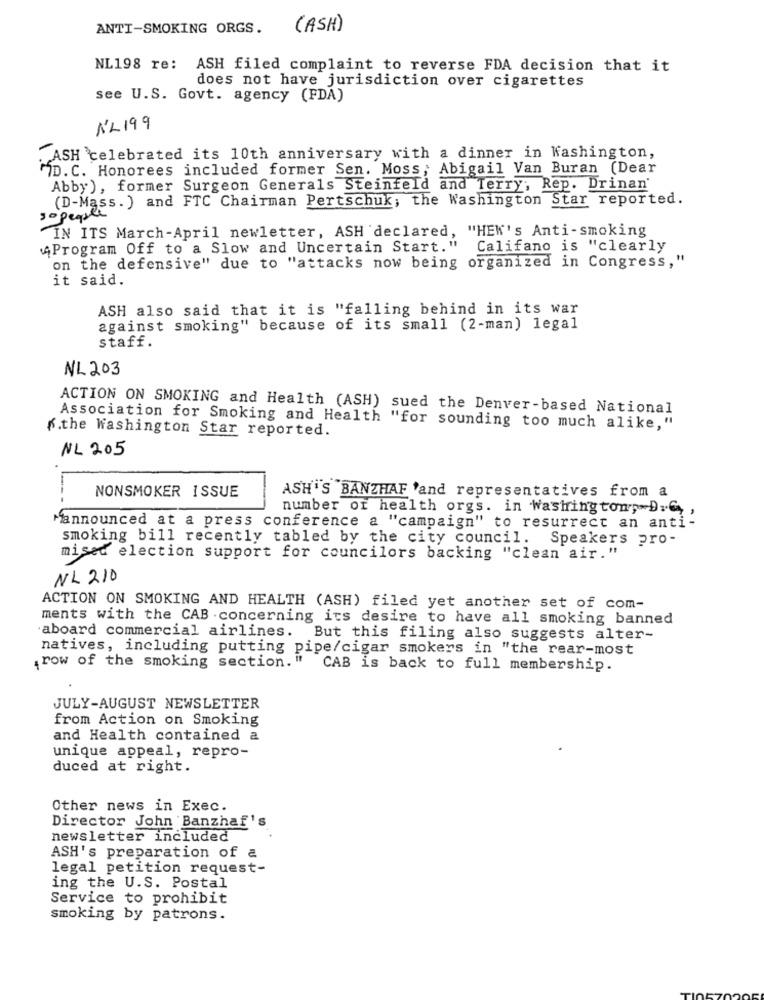
ANTI-SMOKING ORGS.
(ASH)
NL198 re: ASH filed complaint to reverse FDA decision that it
does not have jurisdiction over cigarettes
see U.S. Govt. agency (FDA)
NL199
. ASH 'celebrated its 10th anniversary with a dinner in Washington,
MID. C. Honorees included former Sen. Moss; Abigail Van Buran (Dear
Abby), former Surgeon Generals Steinfeld and Terry, Rep. Drinan'
(D-Mass.) and FTC Chairman Pertschuk; the Washington Star reported.
so people
IN ITS March-April newletter, ASH declared, "HEW's Anti-smoking
"Program Off to a Slow and Uncertain Start." Califano is "clearly
on the defensive" due to "attacks now being organized in Congress,"
it said.
ASH also said that it is "falling behind in its war
against smoking" because of its small (2-man) legal
staff.
NL 203
ACTION ON SMOKING and Health (ASH) sued the Denver-based National
K.the Washington Star reported.
Association for Smoking and Health "for sounding too much alike,"
NL 205
NONSMOKER ISSUE
ASH'S BANZHAF 'and representatives from a
number of health orgs. in Washington, DC,
Mannounced at a press conference a "campaign" to resurrect an anti-
smoking bill recently tabled by the city council.
Speakers pro-
mised election support for councilors backing "clean air."
NL 210
ACTION ON SMOKING AND HEALTH (ASH) filed yet another set of com-
ments with the CAB .concerning its desire to have all smoking banned
aboard commercial airlines.
But this filing also suggests alter-
natives, including putting pipe/cigar smokers in "the rear-most
,row of the smoking section.'
CAB is back to full membership.
JULY-AUGUST NEWSLETTER
from Action on Smoking
and Health contained a
unique appeal, repro-
duced at right.
Other news in Exec.
Director John Banzhaf's
newsletter included
ASH's preparation of a
legal petition request-
ing the U.S. Postal
Service to prohibit
smoking by patrons.